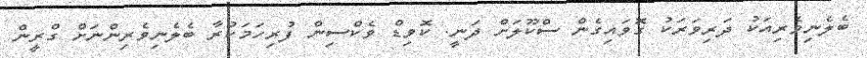
ބެލެނިވެރިއަކު ދަރިވަރަކު ގޮވައިގެން ސްކޫލަށް ދަނީ. ކޮވިޑް ވެކްސިން ފުރިހަމަކުރާ ބެލެނިވެރިންނަށް ގްރީން